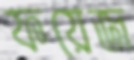
ফয়েজ